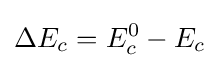
\Delta E_{c}=E_{c}^{0}-E_{c}